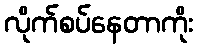
လိုက်စပ်နေတာကိုး